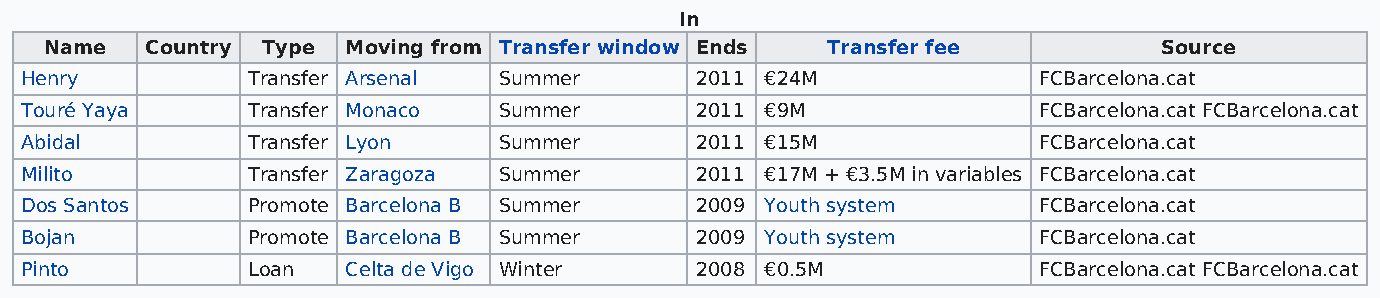
In
 Name   Country Type Moving from Transfer window Ends Transfer fee         Source
 Henry          Transfer Arsenal Summer       2011 €24M              FCBarcelona.cat
 Touré Yaya     Transfer Monaco  Summer       2011 €9M               FCBarcelona.cat FCBarcelona.cat
 Abidal         Transfer Lyon    Summer       2011 €15M              FCBarcelona.cat
 Milito         Transfer Zaragoza Summer      2011 €17M + €3.5M in variables FCBarcelona.cat
 Dos Santos     Promote Barcelona B Summer    2009 Youth system      FCBarcelona.cat
 Bojan          Promote Barcelona B Summer    2009 Youth system      FCBarcelona.cat
 Pinto          Loan   Celta de Vigo Winter   2008 €0.5M             FCBarcelona.cat FCBarcelona.cat